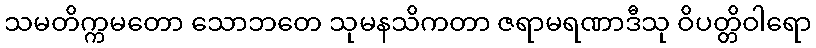
သမတိက္ကမတော သောဘတေ သုမနသိကတာ ဇရာမရဏာဒီသု ဝိပတ္တိဝါရော